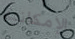
الإمكانية